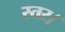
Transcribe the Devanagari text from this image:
स्तर।